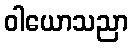
ဝါယောသညာ